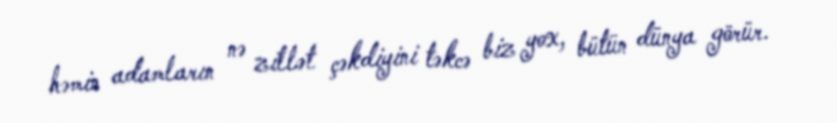
həmin adamların nə zillət çəkdiyini təkcə biz yox, bütün dünya görür.